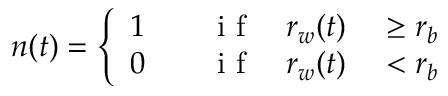
n ( t ) = \left\{ \begin{array} { r l r l } { 1 } & { { } \quad \mathrm { ~ i ~ f ~ } } & { r _ { w } ( t ) } & { { } \geq r _ { b } } \\ { 0 } & { { } \quad \mathrm { ~ i ~ f ~ } } & { r _ { w } ( t ) } & { { } < r _ { b } } \end{array} \right.